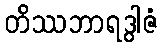
တိဿဘာရဒွါဇံ